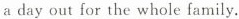
a day out for the whole family.